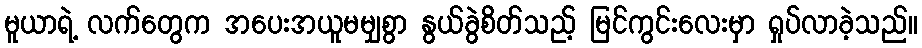
မူယာရဲ့ လက်တွေက အပေးအယူမမျှစွာ နွယ်ခွဲစိတ်သည့် မြင်ကွင်းလေးမှာ ရှုပ်လာခဲ့သည်။